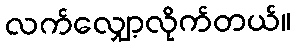
လက်လျှော့လိုက်တယ်။